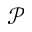
\mathcal { P }